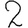
Digit: 2